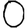
Digit: 0